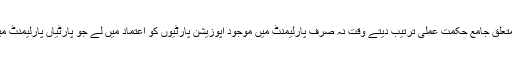
لیکن زیادہ مناسب یہ ہوگا کہ حکومت بھارت سے متعلق جامع حکمتِ عملی ترتیب دیتے وقت نہ صرف پارلیمنٹ میں موجود اپوزیشن پارٹیوں کو اعتماد میں لے جو پارٹیاں پارلیمنٹ میں نہیں پہنچ سکیں ان سے بھی بات چیت کی جائے۔